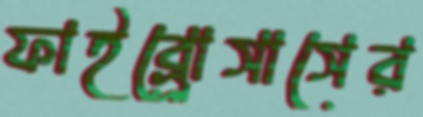
ফাইব্র্রোসাসের